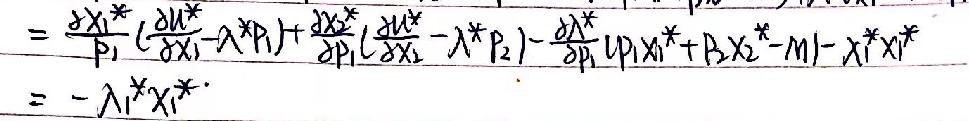
\begin{align*}
&=\frac{\partial \lambda_{1}^{*}}{p_{1}}(\frac{\partial u_{1}^{*}}{\partial x_{1}}-\lambda^{*}p_{1})+\frac{\partial \lambda_{2}^{*}}{\partial p_{1}}(\frac{\partial u_{2}^{*}}{\partial x_{2}}-\lambda^{*}p_{2})-\frac{\partial \lambda^{*}}{\partial p_{1}}[p_{1}x_{1}^{*}+p_{2}x_{2}^{*}-m]-x_{1}^{*}x_{1}^{*}\\
&=-\lambda_{1}^{*}x_{1}^{*}
\end{align*}